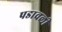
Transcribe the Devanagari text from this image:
पडावली